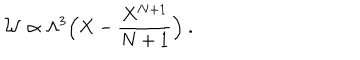
LaTeX: { \cal W } \propto \Lambda ^ { 3 } \Big ( X - { \frac { X ^ { N + 1 } } { N + 1 } } \Big ) ~ .